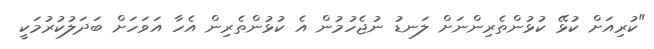
"ކުރިއަށް ކުޅޭ ކުޅުންތެރިންނަށް ލަނޑު ނުޖެހުމުން އެ ކުޅުންތެރިން އެހާ އަވަަހަށް ބަދަލުކުރުމަކީ